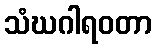
သံဃဂါရဝတာ